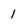
Character: 1